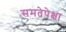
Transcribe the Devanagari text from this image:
समतेपेक्षा